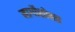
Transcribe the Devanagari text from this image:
मार्गोसोबत